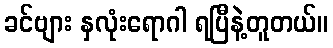
ခင်ဗျား နှလုံးရောဂါ ရပြီနဲ့တူတယ်။